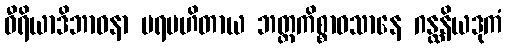
ဝီရိယာဒိဘာဝနာ ပရမဟိတာယ ဘတ္တကိစ္စာဝသာနေ ဂန္ထနိယဒုကံ